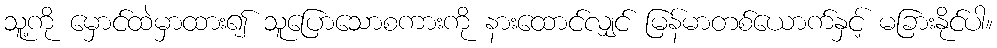
သူ့ကို မှောင်ထဲမှာထား၍ သူပြောသောစကားကို နားထောင်လျှင် မြန်မာတစ်ယောက်နှင့် မခြားနိုင်ပါ။